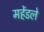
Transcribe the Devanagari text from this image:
महेंडले